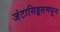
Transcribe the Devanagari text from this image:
जंटासिड्डसमधून